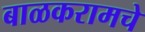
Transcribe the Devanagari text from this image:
बाळकरामचे